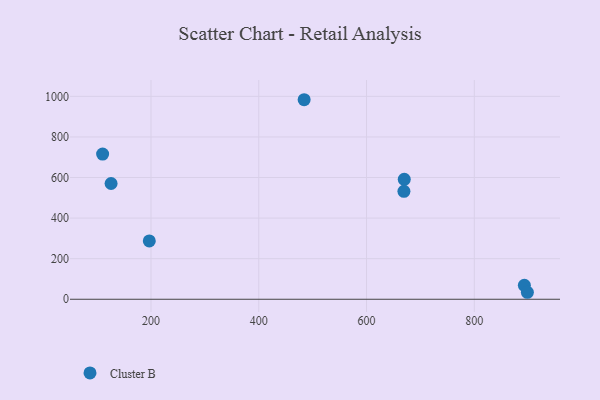
{"axis": {"x": "Study Hours", "y": "Sales"}, "legend": ["Cluster B"], "data": [{"x": "669.4", "y": 531.7, "type": "Cluster B"}, {"x": "196.8", "y": 287.4, "type": "Cluster B"}, {"x": "892.9", "y": 68.6, "type": "Cluster B"}, {"x": "484.2", "y": 983.4, "type": "Cluster B"}, {"x": "670.0", "y": 591.2, "type": "Cluster B"}, {"x": "898.5", "y": 34.4, "type": "Cluster B"}, {"x": "110.2", "y": 715.4, "type": "Cluster B"}, {"x": "125.9", "y": 570.4, "type": "Cluster B"}]}